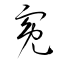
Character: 寃